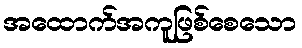
အထောက်အကူဖြစ်စေသော